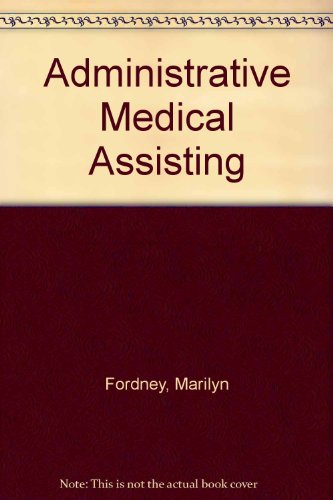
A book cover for Administrative Medical Assisting; Marilyn Fordney; Medical Books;